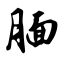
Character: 腼